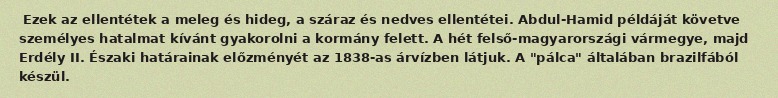
Ezek az ellentétek a meleg és hideg, a száraz és nedves ellentétei. Abdul-Hamid példáját követve személyes hatalmat kívánt gyakorolni a kormány felett. A hét felső-magyarországi vármegye, majd Erdély II. Északi határainak előzményét az 1838-as árvízben látjuk. A "pálca" általában brazilfából készül.